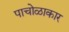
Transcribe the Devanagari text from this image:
पाचोळाकार